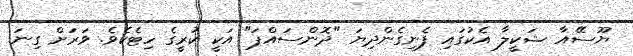
ޔޫސޭއާ ޝަކީލާ އެކުގައި ފެނިގެންދިޔަ "ދޮންސައްޕަ" އަކީ ކުރީގެ ހިޓެކެވެ. ވަރަށް ގިނަ